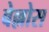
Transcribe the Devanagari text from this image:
बेल्लोस